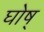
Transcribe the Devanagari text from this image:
घोष्